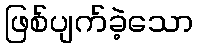
ဖြစ်ပျက်ခဲ့သော